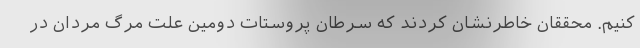
کنیم. محققان خاطرنشان کردند که سرطان پروستات دومین علت مرگ مردان در